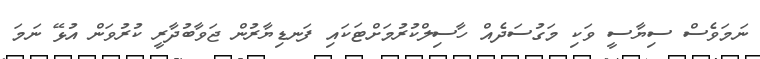
ނަމަވެސް ސިޔާސީ ވަކި މަގުސަދެއް ހާސިލްކުރުމަށްޓަކައި ފަނޑިޔާރުން ޖަވާބުދާރީ ކުރުވަން އުޅޭ ނަމަ